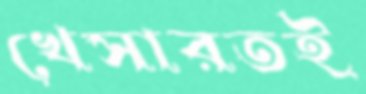
খেসারতই